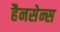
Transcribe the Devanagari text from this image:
हैनसेन्स